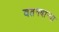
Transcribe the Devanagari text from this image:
वतनदार्‍या